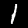
Digit: 1